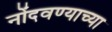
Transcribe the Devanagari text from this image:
नोंदवण्याच्या